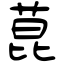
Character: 菎